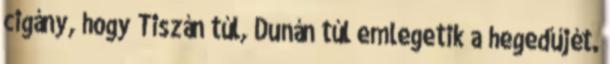
cigány, hogy Tiszán túl, Dunán túl emlegetik a hegedűjét.